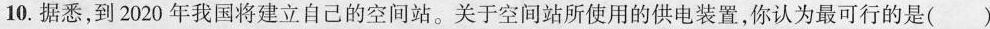
10.据悉，到2020年我国将建立自己的空间站。关于空间站所使用的供电装置，你认为最可行的是( )